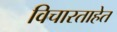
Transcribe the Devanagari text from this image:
विचारताहेत